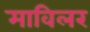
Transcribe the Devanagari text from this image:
माविलर